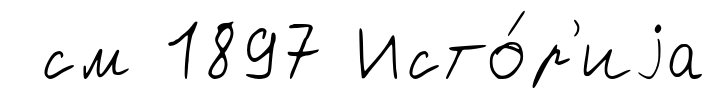
см 1897 Исто́р'иjа